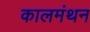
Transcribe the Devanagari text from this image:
कालमंथन